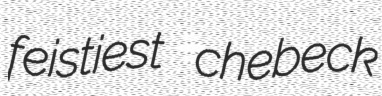
feistiest chebeck